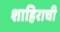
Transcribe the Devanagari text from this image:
शाहिराची